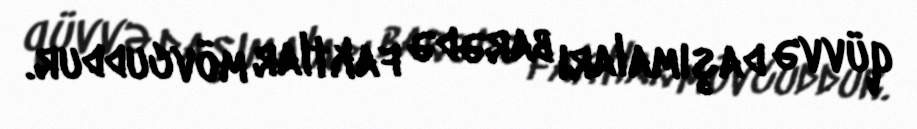
qüvvə daşımaları barədə faktlar mövcuddur.